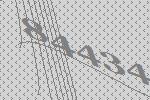
84434